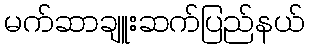
မက်ဆာချူးဆက်ပြည်နယ်